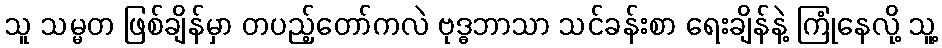
သူ သမ္မတ ဖြစ်ချိန်မှာ တပည့်တော်ကလဲ ဗုဒ္ဓဘာသာ သင်ခန်းစာ ရေးချိန်နဲ့ ကြုံနေလို့ သူ့